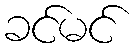
ခင်မင်